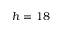
h = 1 8